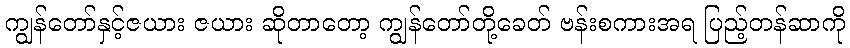
ကျွန်တော်နှင့်ဇယား ဇယား ဆိုတာတော့ ကျွန်တော်တို့ခေတ် ဗန်းစကားအရ ပြည့်တန်ဆာကို